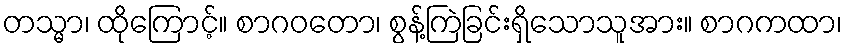
တသ္မာ၊ ထိုကြောင့်။ စာဂဝတော၊ စွန့်ကြဲခြင်းရှိသောသူအား။ စာဂကထာ၊